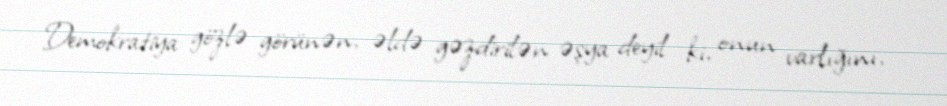
Demokratiya gözlə görünən, əldə gəzdirilən əşya deyil ki, onun varlığını,